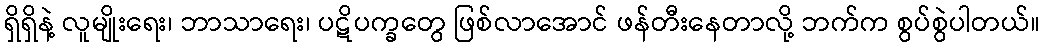
ရှိရှိနဲ့ လူမျိုးရေး၊ ဘာသာရေး၊ ပဋိပက္ခတွေ ဖြစ်လာအောင် ဖန်တီးနေတာလို့ ဘက်က စွပ်စွဲပါတယ်။